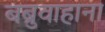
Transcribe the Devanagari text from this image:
बब्रुवाहाना